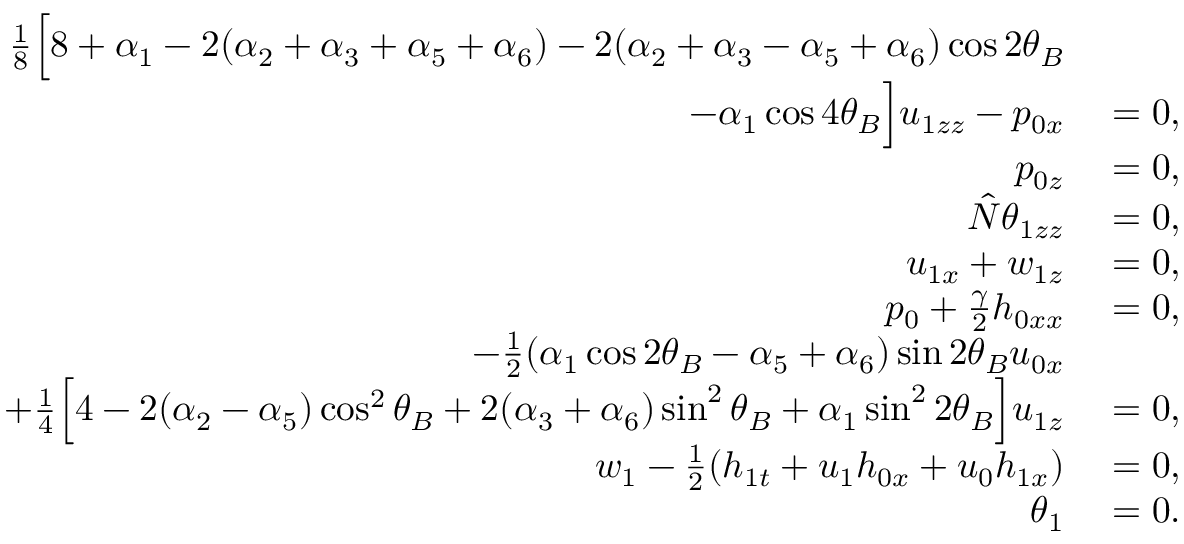
\begin{array} { r l } { \frac { 1 } { 8 } \Big [ 8 + \alpha _ { 1 } - 2 ( \alpha _ { 2 } + \alpha _ { 3 } + \alpha _ { 5 } + \alpha _ { 6 } ) - 2 ( \alpha _ { 2 } + \alpha _ { 3 } - \alpha _ { 5 } + \alpha _ { 6 } ) \cos { 2 \theta _ { B } } } \\ { - \alpha _ { 1 } \cos { 4 \theta _ { B } } \Big ] u _ { 1 z z } - p _ { 0 x } } & { { } = 0 , } \\ { p _ { 0 z } } & { { } = 0 , } \\ { \hat { N } \theta _ { 1 z z } } & { { } = 0 , } \\ { u _ { 1 x } + w _ { 1 z } } & { { } = 0 , } \\ { p _ { 0 } + \frac { \gamma } { 2 } h _ { 0 x x } } & { { } = 0 , } \\ { - \frac { 1 } { 2 } ( \alpha _ { 1 } \cos { 2 \theta _ { B } } - \alpha _ { 5 } + \alpha _ { 6 } ) \sin { 2 \theta _ { B } } u _ { 0 x } } \\ { + \frac { 1 } { 4 } \Big [ 4 - 2 ( \alpha _ { 2 } - \alpha _ { 5 } ) \cos ^ { 2 } { \theta _ { B } } + 2 ( \alpha _ { 3 } + \alpha _ { 6 } ) \sin ^ { 2 } { \theta _ { B } } + \alpha _ { 1 } \sin ^ { 2 } { 2 \theta _ { B } } \Big ] u _ { 1 z } } & { { } = 0 , } \\ { w _ { 1 } - \frac { 1 } { 2 } ( h _ { 1 t } + u _ { 1 } h _ { 0 x } + u _ { 0 } h _ { 1 x } ) } & { { } = 0 , } \\ { \theta _ { 1 } } & { { } = 0 . } \end{array}